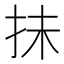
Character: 抺